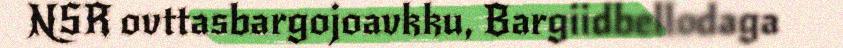
NSR ovttasbargojoavkku, Bargiidbellodaga